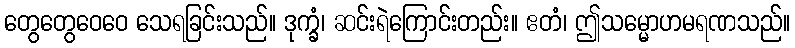
တွေတွေဝေဝေ သေရခြင်းသည်။ ဒုက္ခံ၊ ဆင်းရဲကြောင်းတည်း။ ဧတံ၊ ဤသမ္မောဟမရဏသည်။